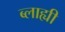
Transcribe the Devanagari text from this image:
ब्लाह्यी